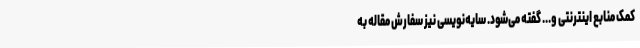
کمک منابع اینترنتی و... گفته می‌شود. سایه‌نویسی نیز سفارش مقاله به